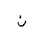
Letter: _non